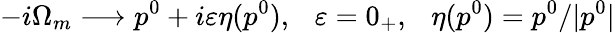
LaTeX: -i\Omega_{m}\longrightarrow p^{0}+i\varepsilon\eta(p^{0}),\ \ \ \varepsilon=0_{+},\ \ \ \eta(p^{0})=p^{0}/|p^{0}|